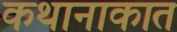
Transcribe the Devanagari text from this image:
कथानाकात